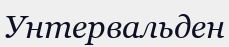
Унтервальден